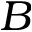
B